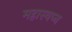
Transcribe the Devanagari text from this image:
महास्‍वप्‍न